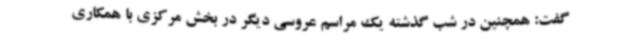
گفت: همچنین در شب گذشته یک مراسم عروسی دیگر در بخش مرکزی با همکاری